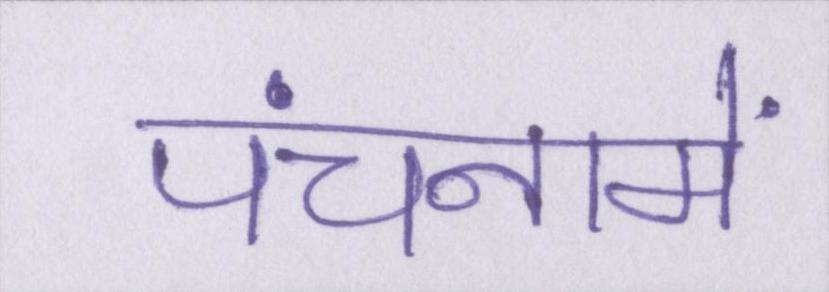
पंचनामें